system: You are a helpful assistant.
user:
Analyze the provided spectrum to determine if it is a **White Dwarf (WD)**.

A White Dwarf spectrum is defined by its **extreme purity** (due to gravitational settling) and/or **extreme pressure broadening** (due to high surface gravity). You must check for one of the following mutually exclusive signatures:

- **Key Visual Indicators (Check for ONE of these types):**

    - **1. DA-Type Signature (Most Common):**
        - **(Primary Feature):** Extreme pressure broadening (Stark broadening) of the **Hydrogen (H) Balmer lines**.
        - **(Key Lines):** $H\beta$ (approx. $4861$ Å) and $H\gamma$ (approx. $4340$ Å). $H\alpha$ (approx. $6563$ Å) will also be present if the wavelength range covers it.
        - **(Line Profile):** This is the **defining feature**. The lines are **NOT** sharp. They appear as massive, **extremely broad and deep "troughs" or "dips"** in the spectrum, often hundreds of Ångströms wide. The continuum will appear to "scoop" down at these wavelengths.
        - **(Distinction):** Normal A-type or B-type stars have *narrow* and *sharp* Hydrogen lines. A DA White Dwarf's lines are unmistakably "smeared" or "blurry" from pressure.

    - **2. DB-Type Signature:**
        - **(Primary Feature):** Broad absorption lines from **Neutral Helium (He I)**. The spectrum must lack any visible Hydrogen lines.
        - **(Key Lines):** Look for broad absorption near $4471$ Å, $4921$ Å, and $5876$ Å.
        - **(Line Profile):** These lines are also significantly pressure-broadened, appearing much wider than they would in a normal B-type main-sequence star.

    - **3. DC-Type Signature:**
        - **(Primary Feature):** A **featureless continuous spectrum**.
        - **(Line Profile):** The spectrum is a smooth curve with **no significant absorption or emission lines**.
        - **(Key Confirmation):** The continuum is almost always **blue or white**, indicating a hot object. This signature implies the atmosphere is so pure (or so cool) that no spectral lines are visible in the optical range. Its WD identity is confirmed by its extremely low intrinsic brightness (high absolute magnitude).

    - **4. DZ-Type Signature (Metal-Polluted):**
        - **(Primary Feature):** **Isolated, narrow metal absorption lines** on an otherwise featureless (DC-like) continuum.
        - **(Key Lines):** The **Calcium (Ca II) H & K doublet** (approx. **$3934$ Å** and **$3968$ Å**) is the most common and defining feature.
        - **(Line Profile):** These lines are "out of place." They are *not* part of a "forest" of thousands of lines. This signature is evidence of recent *accretion* (pollution) from rocky debris.
        - **(Distinction):** Normal G/K/M stars have a *dense forest* of thousands of metal lines. A DZ has a *clean* continuum with *only a few* strong metal lines.

    - **5. DQ-Type Signature (Carbon-Polluted):**
        - **(Primary Feature):** Absorption bands from **Carbon (C₂ "Swan Bands" or atomic C I)**.
        - **(Key Lines - C₂):** Look for bandheads with a "saw-tooth" shape near $5635$ Å, **$5165$ Å** (strongest), and $4737$ Å.
        - **(Key Confirmation):** The underlying **continuum must be blue or white** (hot).
        - **(Distinction):** This is the critical difference from a **Carbon Star**, which has the *exact same* C₂ bands but on an extremely **red, cool** continuum.

- **(Overall Spectrum):**
    - The continuum (overall shape) is typically **blue-sloping** (brighter in the blue than the red), as most white dwarfs are very hot.
    - The spectrum will look "pure" or "simple," dominated by only *one* of the five signatures listed above.

Think first, call **spectral_visualization_tool** if needed to examine features in detail, then provide your final answer. Your response must adhere to the following strict rules:
1.  **Overall Structure:** Your response must follow the format `<think>...</think> <tool_call>...</tool_call> (if a tool is used) <answer>...</answer>`.
2.  **Tool Usage Constraint:** You may only make **one** tool call per turn.
3.  **Final Answer Format:** In the `<answer>` tag, your conclusion must be inside a `\boxed{}` command (e.g., `\boxed{YES}` or `\boxed{NO}`), followed by your justification.

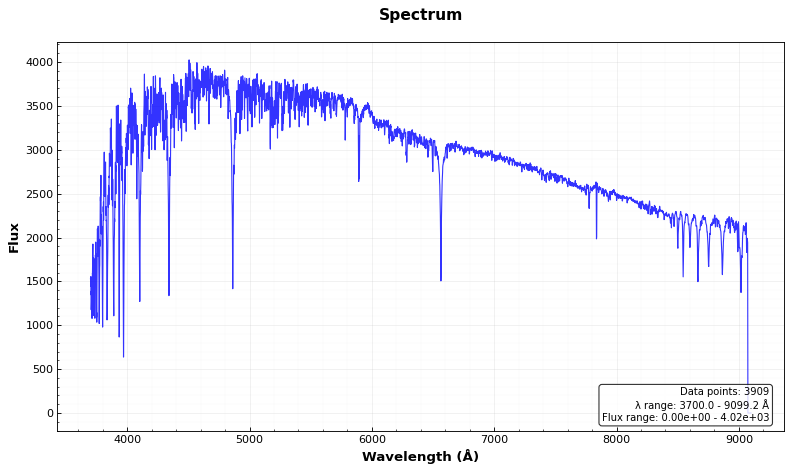
Answer: NO